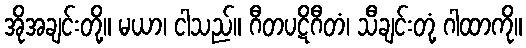
အိုအချင်းတို့။ မယာ၊ ငါသည်။ ဂီတပဋိဂီတံ၊ သီချင်းတုံ့ ဂါထာကို။